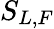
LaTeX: S_{L,F}